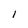
Character: 1